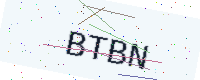
Text: BTBN